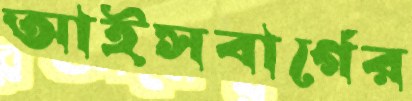
আইসবার্গের